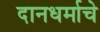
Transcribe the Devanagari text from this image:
दानधर्माचे